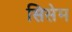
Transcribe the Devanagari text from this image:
सिसेम